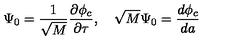
\Psi _ { 0 } = \frac { 1 } { \sqrt { M } } \frac { \partial \phi _ { c } } { \partial \tau } , \quad \sqrt { M } \Psi _ { 0 } = \frac { d \phi _ { c } } { d a }